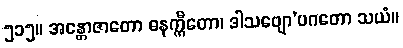
၅၁၅။ အန္တောဇာတော ဓနက္ကီတော၊ ဒါသဗျော’ပဂတော သယံ။